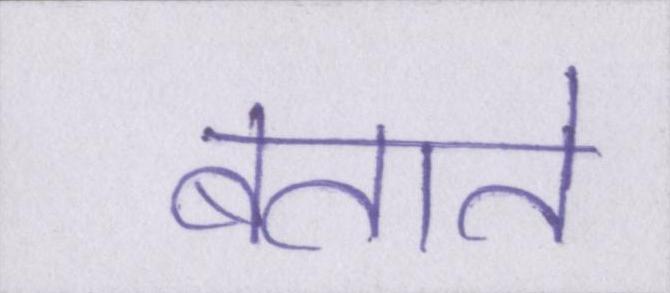
बताते